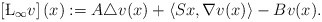
\begin{align*} \left[\L_{\infty}v\right](x):=A\triangle v(x)+\left\langle Sx,\nabla v(x)\right\rangle-Bv(x). \end{align*}